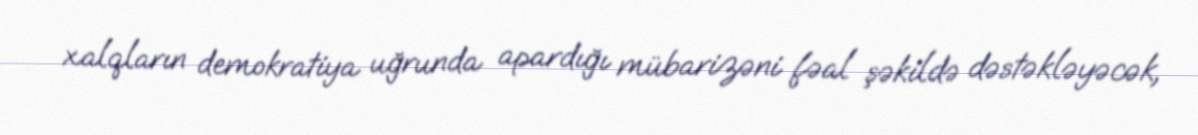
xalqların demokratiya uğrunda apardığı mübarizəni fəal şəkildə dəstəkləyəcək,